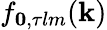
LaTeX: f_{\mathbf{0},\tau lm}(\mathbf{k})